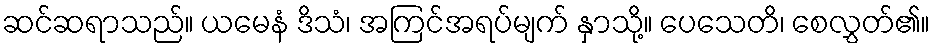
ဆင်ဆရာသည်။ ယမေနံ ဒိသံ၊ အကြင်အရပ်မျက် နှာသို့။ ပေသေတိ၊ စေလွှတ်၏။